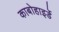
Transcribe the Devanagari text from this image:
काबोहाइर्डे